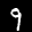
Label: 9